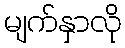
မျက်နှာလို